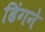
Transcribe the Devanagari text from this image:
ढिंगने